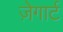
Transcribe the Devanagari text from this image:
ज़ेगार्ट